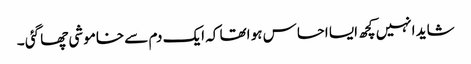
شاید انہیں کچھ ایسا احساس ہو اتھا کہ ایک دم سے خاموشی چھا گئی ۔